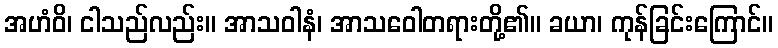
အဟံဝိ၊ ငါသည်လည်း။ အာသဝါနံ၊ အာသဝေါတရားတို့၏။ ခယာ၊ ကုန်ခြင်းကြောင်။